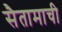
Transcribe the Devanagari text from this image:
सैतामाची